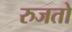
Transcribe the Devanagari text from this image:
रुजतो